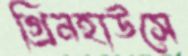
গ্রিনহাউসে